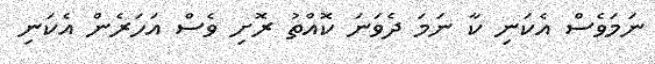
ނަމަވެސް އެކަނި ކާ ނަމަ ދެވަނަ ކޮއްތު ރޮށި ވެސް އަހަރެން އެކަނި